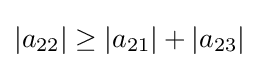
|a_{22}|\geq |a_{21}|+|a_{23}|